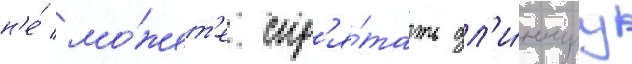
н'е́ мо́жет'е спр'я́тать дл'и́ннуу